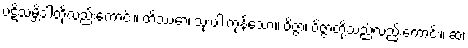
ပဋိသမ္ဘိဒါတို့လည်းကောင်း။ တိဿော၊ သုံးပါးကုန်သော။ ဝိဇ္ဇာ၊ ဝိဇ္ဇာတို့သည်လည်းကောင်း။ ဆ၊